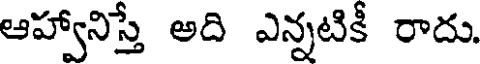
ఆహ్వానిస్తే అది ఎన్నటికీ రాదు.